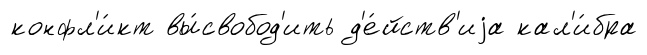
конфл'и́кт вы́свобод'ить д'е́йств'иjа кал'и́бра